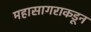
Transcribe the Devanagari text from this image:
महासागराकडून